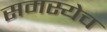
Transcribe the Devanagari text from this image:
समस्येच